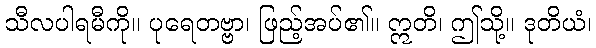
သီလပါရမီကို။ ပုရေတဗ္ဗာ၊ ဖြည့်အပ်၏။ ဣတိ၊ ဤသို့။ ဒုတိယံ၊